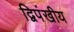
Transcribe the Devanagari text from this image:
द्विपंखीय